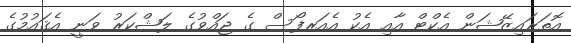
އޮތަރައިޒޭޝަން އެކްޓް އާއި އެކު އެއަރފޯސް ގެ ޖައްވުގެ ލަޝްކަރު ވަނީ އެޤައުމުގެ